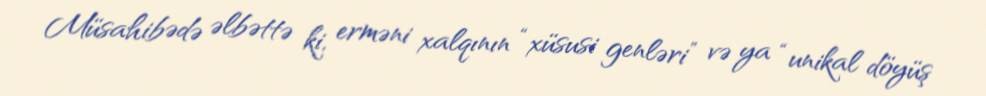
Müsahibədə əlbəttə ki, erməni xalqının “xüsusi genləri” və ya “unikal döyüş